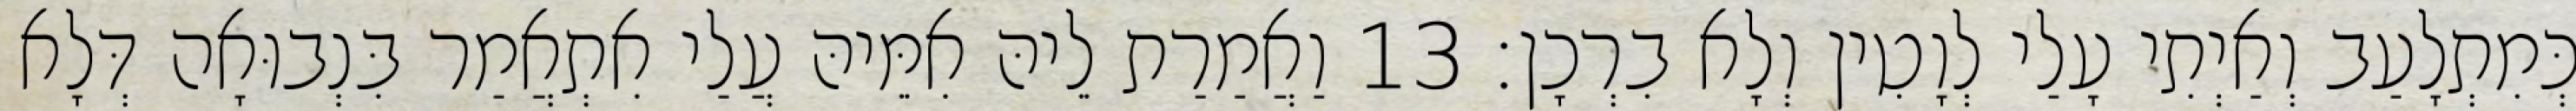
כְּמִתְלָעַב וְאַיְתִי עָלַי לְוָטִין וְלָא בִרְכָן׃ 13 וַאֲמַרַת לֵיהּ אִמֵּיהּ עֲלַי אִתְאֲמַר בִּנְבוּאָה דְּלָא